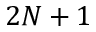
2 N + 1